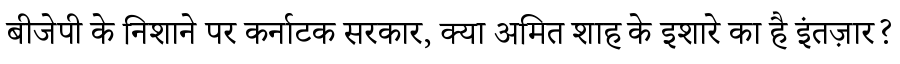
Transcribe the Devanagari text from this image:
बीजेपी के निशाने पर कर्नाटक सरकार, क्या अमित शाह के इशारे का है इंतज़ार?